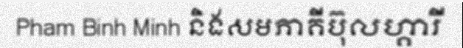
Pham Binh Minh និងសមភាគីប៊ុលហ្គារី